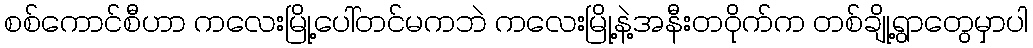
စစ်ကောင်စီဟာ ကလေးမြို့ပေါ်တင်မကဘဲ ကလေးမြို့နဲ့အနီးတဝိုက်က တစ်ချို့ရွာတွေမှာပါ